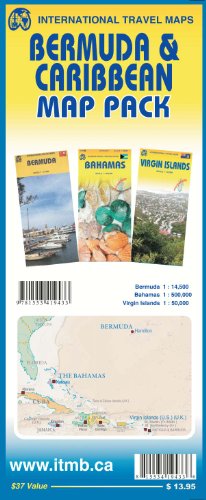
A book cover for Map Pack - Bermuda & Caribbean; ITMB Publishing Ltd.; Travel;